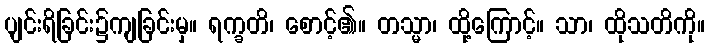
ပျင်းရိခြင်း၌ကျခြင်းမှ။ ရက္ခတိ၊ စောင့်၏။ တသ္မာ၊ ထို့ကြောင့်။ သာ၊ ထိုသတိကို။